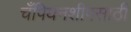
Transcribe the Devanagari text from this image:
चँपियनशीपसाठी